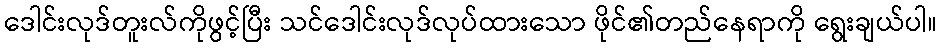
ဒေါင်းလုဒ်တူးလ်ကိုဖွင့်ပြီး သင်ဒေါင်းလုဒ်လုပ်ထားသော ဖိုင်၏တည်နေရာကို ရွေးချယ်ပါ။